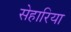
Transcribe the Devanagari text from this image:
सेहारिया